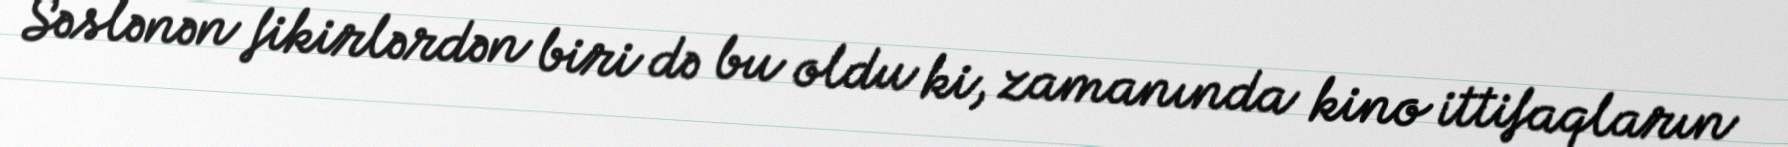
Səslənən fikirlərdən biri də bu oldu ki, zamanında kino ittifaqların